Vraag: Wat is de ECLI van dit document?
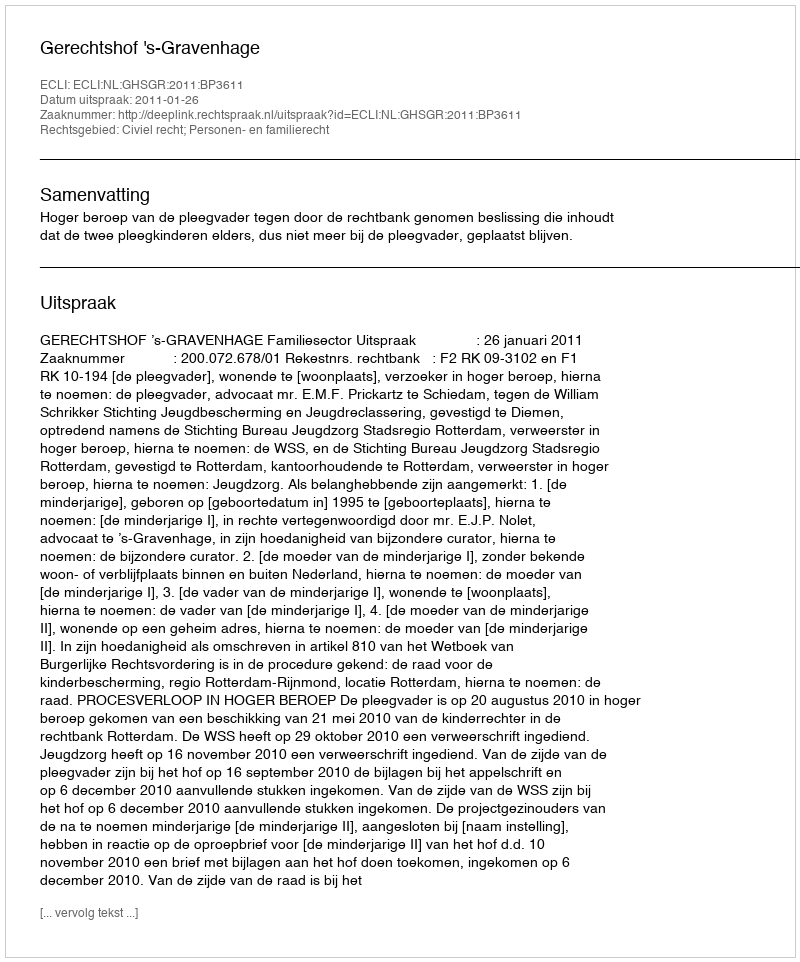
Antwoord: ECLI:NL:GHSGR:2011:BP3611